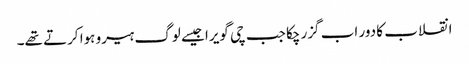
انقلاب کا دور اب گزر چکا جب چی گویرا جیسے لوگ ہیرو ہوا کرتے تھے۔